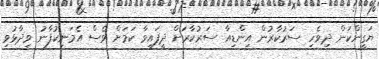
ޔަގީންކަން ދިވެހި ސަރުކާރުން އިންޑިއާ ސަރުކާރަށް ދީފައިވާ ކަމަށް ވެސް އެމަނިކުފާނު ވިދާޅުވި